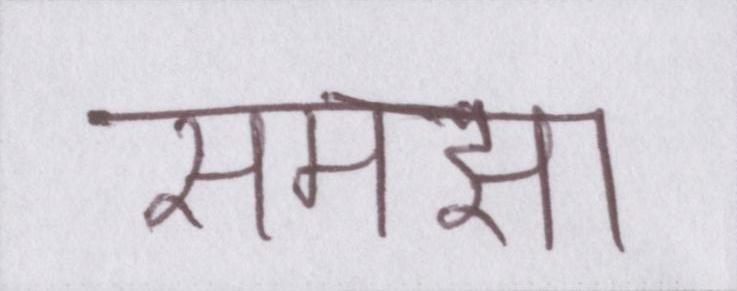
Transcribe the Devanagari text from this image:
समझा